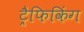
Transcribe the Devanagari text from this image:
ट्रैफिकिंग